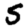
Digit: 5